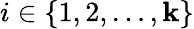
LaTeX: i\in\left\{ {1,2,\dots,\mathbf{k}}\right\}